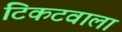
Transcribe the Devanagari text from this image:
टिकटवाला